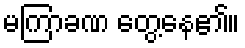
မကြာခဏ တွေ့နေ၏။